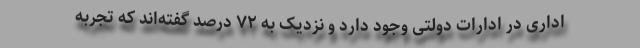
اداری در ادارات دولتی وجود دارد و نزدیک به ۷۲ درصد گفته‌اند که تجربه